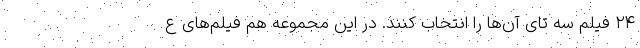
۲۴ فیلم سه ‌تای آن‌ها را انتخاب کنند. در این مجموعه هم فیلم‌های ع